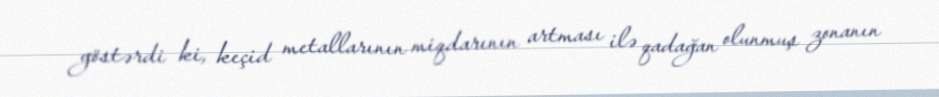
göstərdi ki, keçid metallarının miqdarının artması ilə qadağan olunmuş zonanın